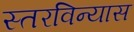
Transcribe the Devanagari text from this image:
स्तरविन्यास